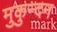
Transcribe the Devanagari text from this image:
मुकुन्दन